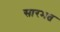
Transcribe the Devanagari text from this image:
सारभत